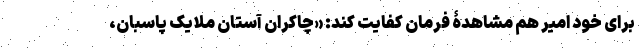
برای خود امیر هم مشاهدۀ فرمان کفایت کند: «چاکرانِ آستانِ ملایک پاسبان،